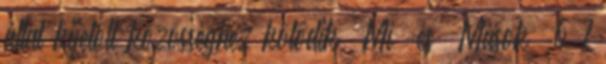
által kijelölt közösséghez kötődik „Mi” és „Mások” 6 7